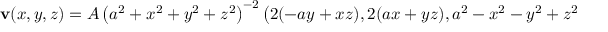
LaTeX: \mathbf { v } ( x , y , z ) = A \left( a ^ { 2 } + x ^ { 2 } + y ^ { 2 } + z ^ { 2 } \right) ^ { - 2 } \left( 2 ( - a y + x z ) , 2 ( a x + y z ) , a ^ { 2 } - x ^ { 2 } - y ^ { 2 } + z ^ { 2 } \right)